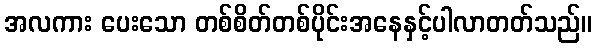
အလကား ပေးသော တစ်စိတ်တစ်ပိုင်းအနေနှင့်ပါလာတတ်သည်။